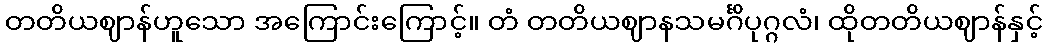
တတိယဈာန်ဟူသော အကြောင်းကြောင့်။ တံ တတိယဈာနသမင်္ဂိပုဂ္ဂလံ၊ ထိုတတိယဈာန်နှင့်